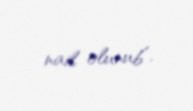
nail olunub”.